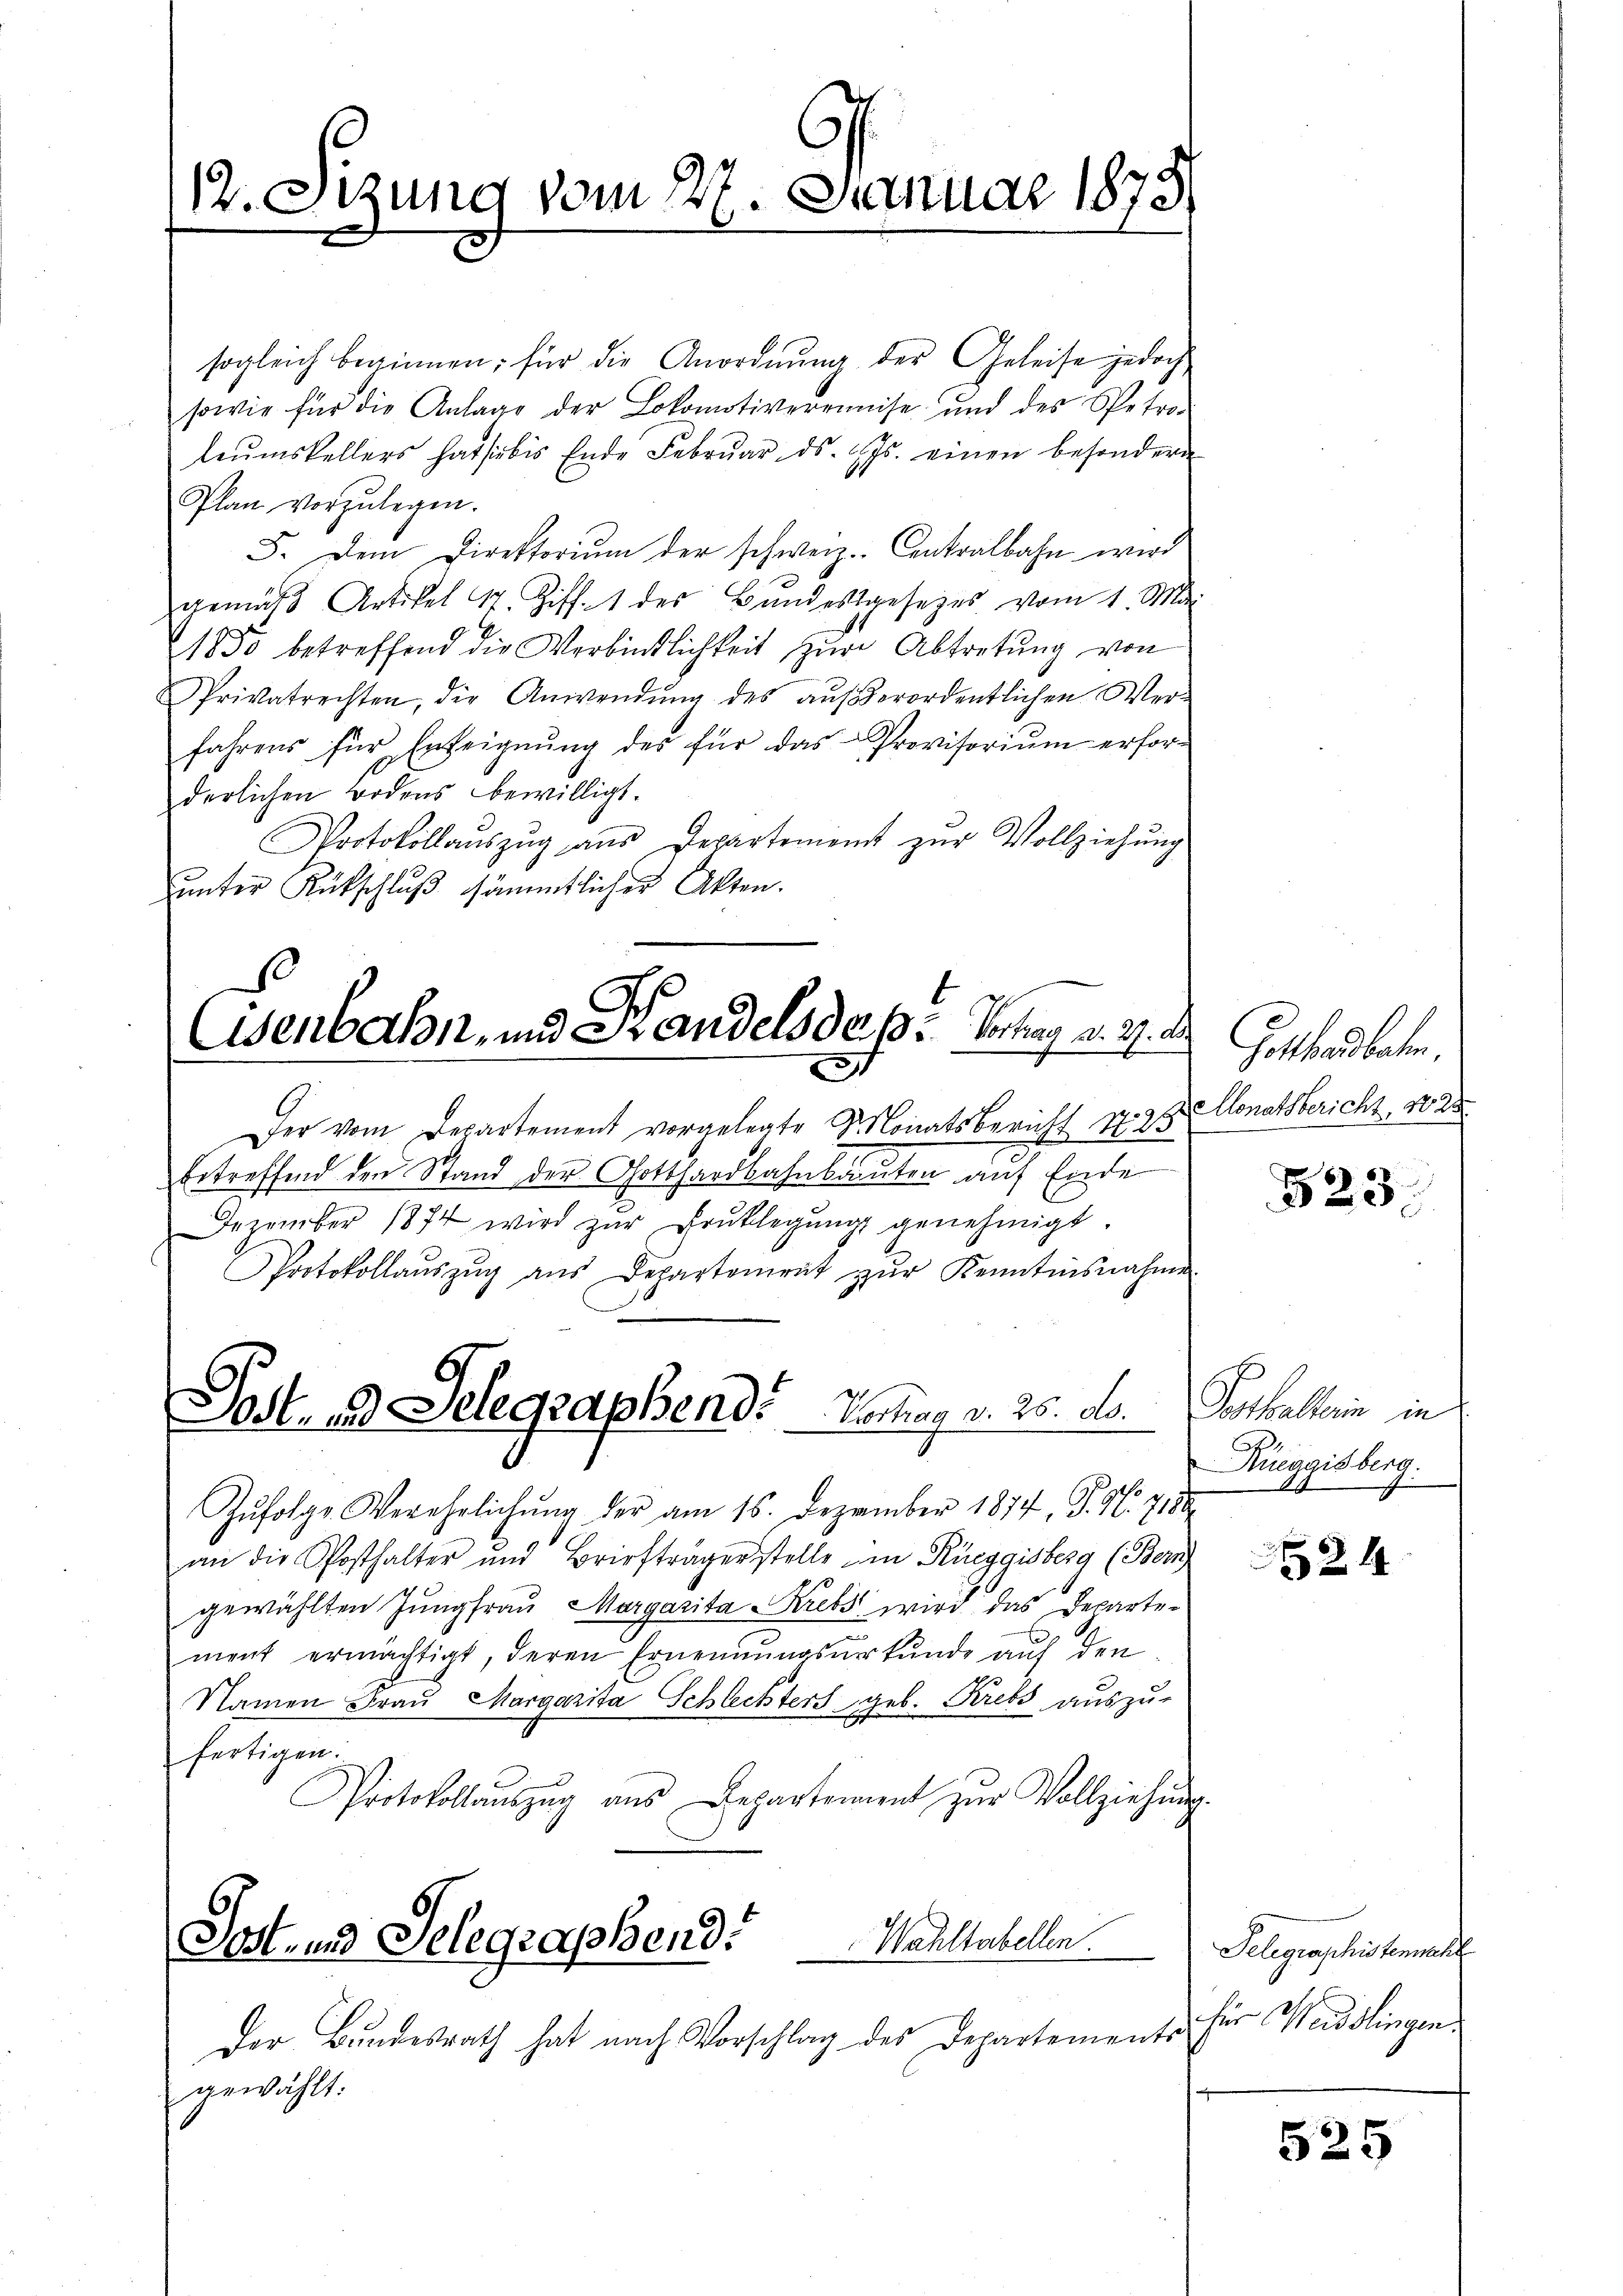
sogleich beginnen; für die Anordnŭng der Geleise jedoch
sowie für die Anlage der Lokomotivereinse und des Spetro-
leŭmskellers hat sibis Ende Febrŭar d. Js. einen besondern
Plan vorzulegen.
5. Dem Direktoriŭm der schweiz. Contralbahn wird
gemäβ Artikel 1 Ziff. 1 des Bŭndestgesetzes vom 1. Mai
1850 betreffend die Verbindlichkeit zŭr Abtretŭng von
Privatrechten, die Anwendŭng des aŭβerordentlichen Wer-
fahrens für Erteignŭng des für das Provisoriŭm erfor-
derlichen Bodens bewilligt.
Protokollaŭszŭg aŭs Departement zŭr Vollziehŭng
unter Rutschluß sämmtlicher Akten.

12. Sizung vom 27. Januar 1873

Der vom Departement vorgelegte Monatsbericht N. 25.
betreffend den Stand der Gotthardbahnbauten auf Ende
Dezember 1874 wird zŭr Bruklegung genehmigt
Protokollaŭszŭg aŭs Departement zŭr Kenntnisnahme
Zŭfolge Verehrlichŭng der am 16. Dezember 1874, S. 96. 718
an die Posthalter und Briefträgerstelle in Rüeggisberg (Bern
gewählten Jungfrau Margarita Krebs wird das Departement ermächtigt, deren Ernennungsurkunde aŭf den
Namen Fraŭ Margarita Schlechters geb. Krebs auszu-
fertigen.
Protokollauszug aus Departement zŭr Vollziehung.
Sost- und Selegraphend. Wahltabellen
Der Bundesrath hat nach Vorschlag des Departements
gewählt:

Osenbahn, und Handels de pr. Vortrag v. 2. d
2

Jost, und Delegraphend. Vortrag v. 26. ds.

Gottland beten.
Monatsbericht, No 25

523

Posthallein in
Rüeggisberg.

24

Telegraphistenmacht
für Weisslingen.

525